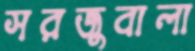
সরজুবালা